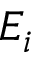
E _ { i }